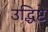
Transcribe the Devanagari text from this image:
उद्धिष्टे